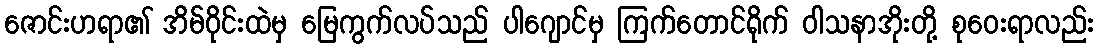
ဇောင်းဟရာ၏ အိမ်ဝိုင်းထဲမှ မြေကွက်လပ်သည် ပါဂျောင်မှ ကြက်တောင်ရိုက် ဝါသနာအိုးတို့ စုဝေးရာလည်း